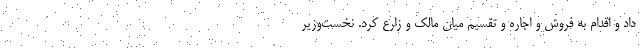
داد و اقدام به فروش و اجاره و تقسیم میان مالک و زارع کرد. نخست‌وزیر